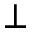
\perp